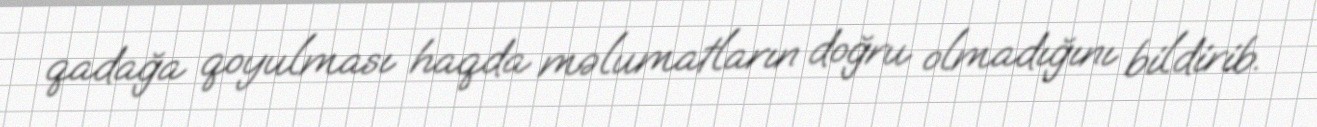
qadağa qoyulması haqda məlumatların doğru olmadığını bildirib.